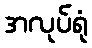
အလုပ်ရုံ